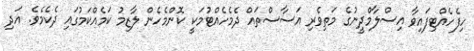
ހިފެހެއްޓިފައިވާ އިސްލާމްދީނުގެ މަތިވެރި އަސާސްތައް ދެމެހެއްޓުމަކީ ކޮންމެހެން ލާޒިމު ކަމެއްކަމުގައި ދެކެމެވެ. އަދި